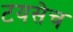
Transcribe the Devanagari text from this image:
टयसेच